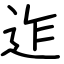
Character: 迮